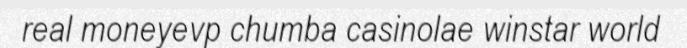
real moneyevp chumba casinolae winstar world